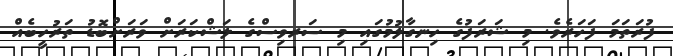
ފުރަތަމަ ފަހަރެވެ. މި ޝަރަފުގެ ހިނގާލުމުގައި މި ސަރވިސްގެ ލަޝްކަރަށް ވަރަށްބޮޑު ތަރުހީބެއް